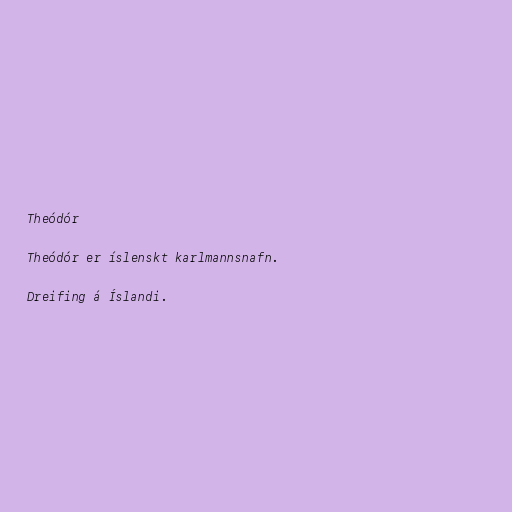
Theódór

Theódór er íslenskt karlmannsnafn.

Dreifing á Íslandi.